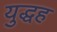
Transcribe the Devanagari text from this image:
युद्धह